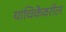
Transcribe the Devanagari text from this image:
याचिकेवरील